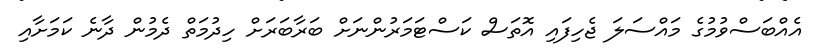
އެއްބަސްވުމުގެ މައްސަލަ ޖެހިފައި އޮތަސް ކަސްޓަމަރުންނަށް ބަރާބަރަށް ހިދުމަތް ދެމުން ދާނެ ކަމަށާއި